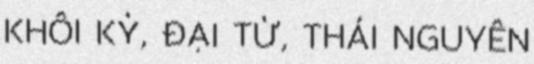
KHÔI KỲ, ĐẠI TỪ, THÁI NGUYÊN